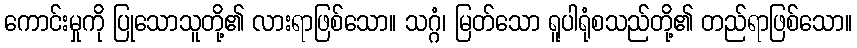
ကောင်းမှုကို ပြုသောသူတို့၏ လားရာဖြစ်သော။ သဂ္ဂံ၊ မြတ်သော ရူပါရုံစသည်တို့၏ တည်ရာဖြစ်သော။